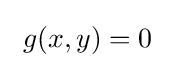
\ g(x,y)=0\